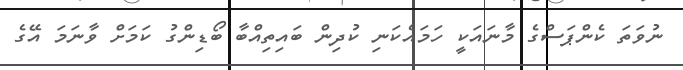
ނުވަތަ ކެންޕަސްގެ މާނައަކީ ހަމައެކަނި ކުދިން ބައިތިއްބާ ބޯޑިންގު ކަމަށް ވާނަމަ އޭގެ